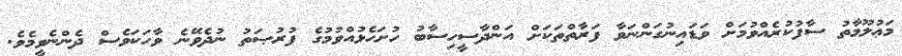
މަޢުލޫމާތު ސާފުކުރެއްވުމަށް ވަޑައިނުގަންނަވާ ފަރާތްތަކަށް އަންދާސީހިސާބު ހުށަހެޅުއްވުމުގެ ފުރުޞަތު ނުދެވޭނެ ވާހަކަވެސް ދެންނެވީމެވެ.